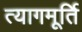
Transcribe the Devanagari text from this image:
त्यागमूर्ति